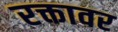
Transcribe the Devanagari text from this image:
रक्तावर